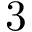
3